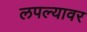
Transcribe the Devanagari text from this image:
लपल्यावर